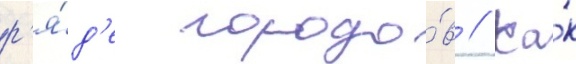
р'я́д'е городо́в // Ка́к